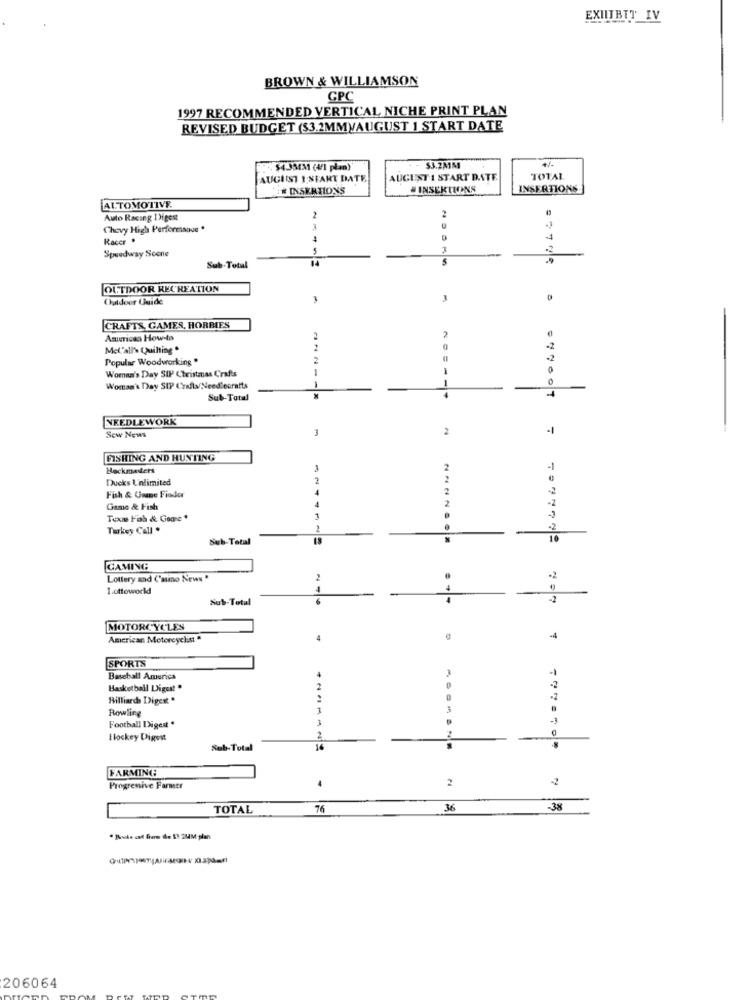
EXIITBIT_IV
BROWN & WILLIAMSON
GPC
1997 RECOMMENDED VERTICAL NICHE PRINT PLAN
REVISED BUDGET ($3.2MMVAUGUST 1 START DATE
-. $4.33431 (4/1 plan)
$3.2MM
AUGUST I START DATE
AUGUST 1 START DATE
TOTAL
INSERTIONS
. INSERTIONS
INSERTIONS
ALTOMOTIVE
Auto Racing Digest
2
2
Chevy High Performance *
Racer
Speedway Scone
Sub-Total
OUTDOOR RECREATION
Outdoor Guide
3
3
CRAFTS, GAMES, HORBIES
2
American How-to
Mel'all's Quilting .
Popular Woodworking .
2
-2
Woman's Day SIP Christmas Crafts
0
Woman's Day SIP Crafts/Needlecratts
1
Sub-Total
EYYOOT
NEEDLEWORK
3
2
Sew News
-1
FISHING AND HUNTING
Backmasters
Ducks Unlimited
Fish & Game Fiador
Game & Fish
4
Texs Fob & Goone *
3
Turkey Call .
2
Sub-Total
GAMING
Lottery sad ('asino News "
2
1.ottoworld
Sub-Total
MOTORCYCLES
American Motorcyclist "
4
SPORTS
Baseball America
Basketball Digest "
Hilliards Digest "
-2
Rowling
1
Football Digest '
0
Hockey Digest
2
Sub-Total
FARMING
2
Progressive Farmer
TOTAL
76
36
-38
. Puis of fron de 11 2MM plan
206064